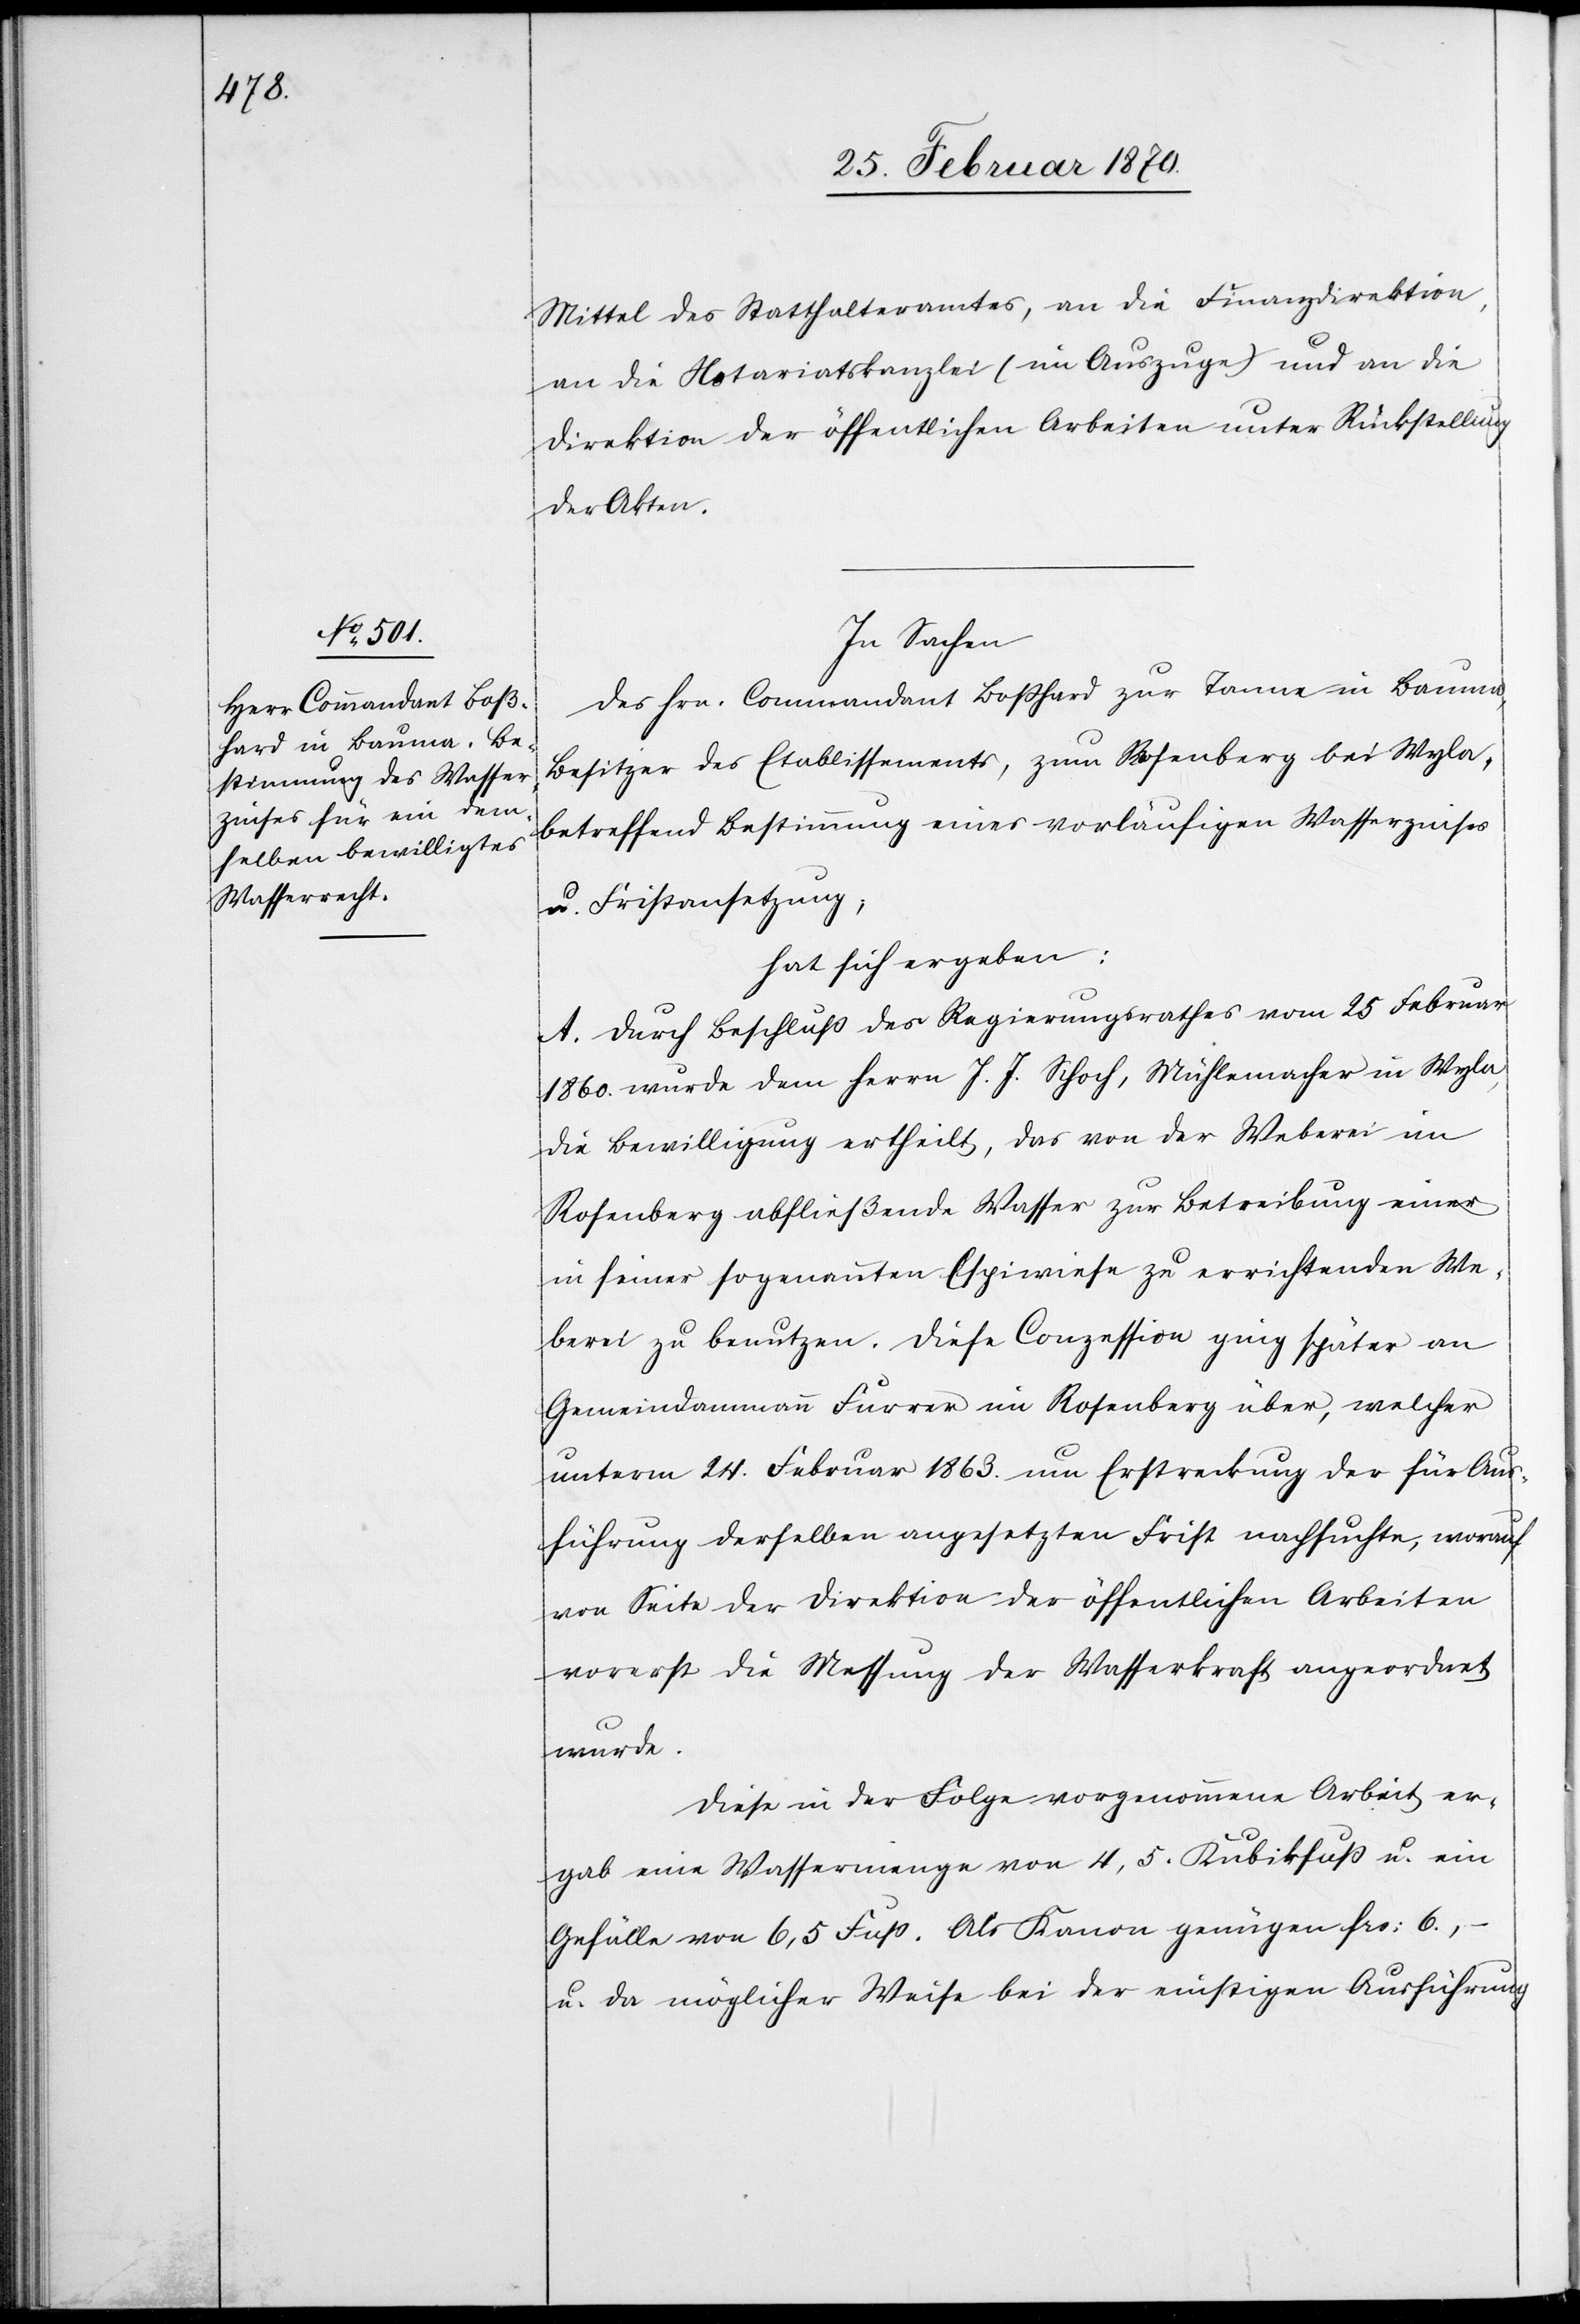
Mittel des Statthalteramtes, an die Finanzdirektion,
an die Notariatskanzlei (im Auszuge) und an die
Direktion der öffentlichen Arbeiten unter Rückstellung
der Akten.
In Sachen
des Hrn. Commandant Boßhard zur Tanne in Bauma,
Besitzer des Etablissements, zum Rosenberg bei Wyla,
betreffend Bestimmung eines vorläufigen Wasserzinses
u. Fristansetzung;
hat sich ergeben:
A. Durch Beschluß des Regierungsrathes vom 25 Februar
1860. wurde dem Herrn J. J. Schoch, Mühlemacher in Wyla,
die Bewilligung ertheilt, das von der Weberei im
Rosenberg abfließende Wasser zur Betreibung einer
in seiner sogenannten Espiwiese zu errichtenden We¬
berei zu benutzen. Diese Conzession ging später an
Gemeindammann Furrer im Rosenberg über, welcher
unterm 24. Februar 1863. um Erstreckung der für Aus¬
führung derselben angesetzten Frist nachsuchte, worauf
von Seite der Direktion der öffentlichen Arbeiten
vorerst die Messung der Wasserkraft angeordnet
wurde.
Diese in der Folge vorgenommene Arbeit er¬
gab eine Wassermenge von 4,5. Kubikfuß u. ein
Gefälle von 6,5 Fuß. Als Kanon genügen frs: 6.,
u. da möglicher Weise bei der einstigen Ausführung